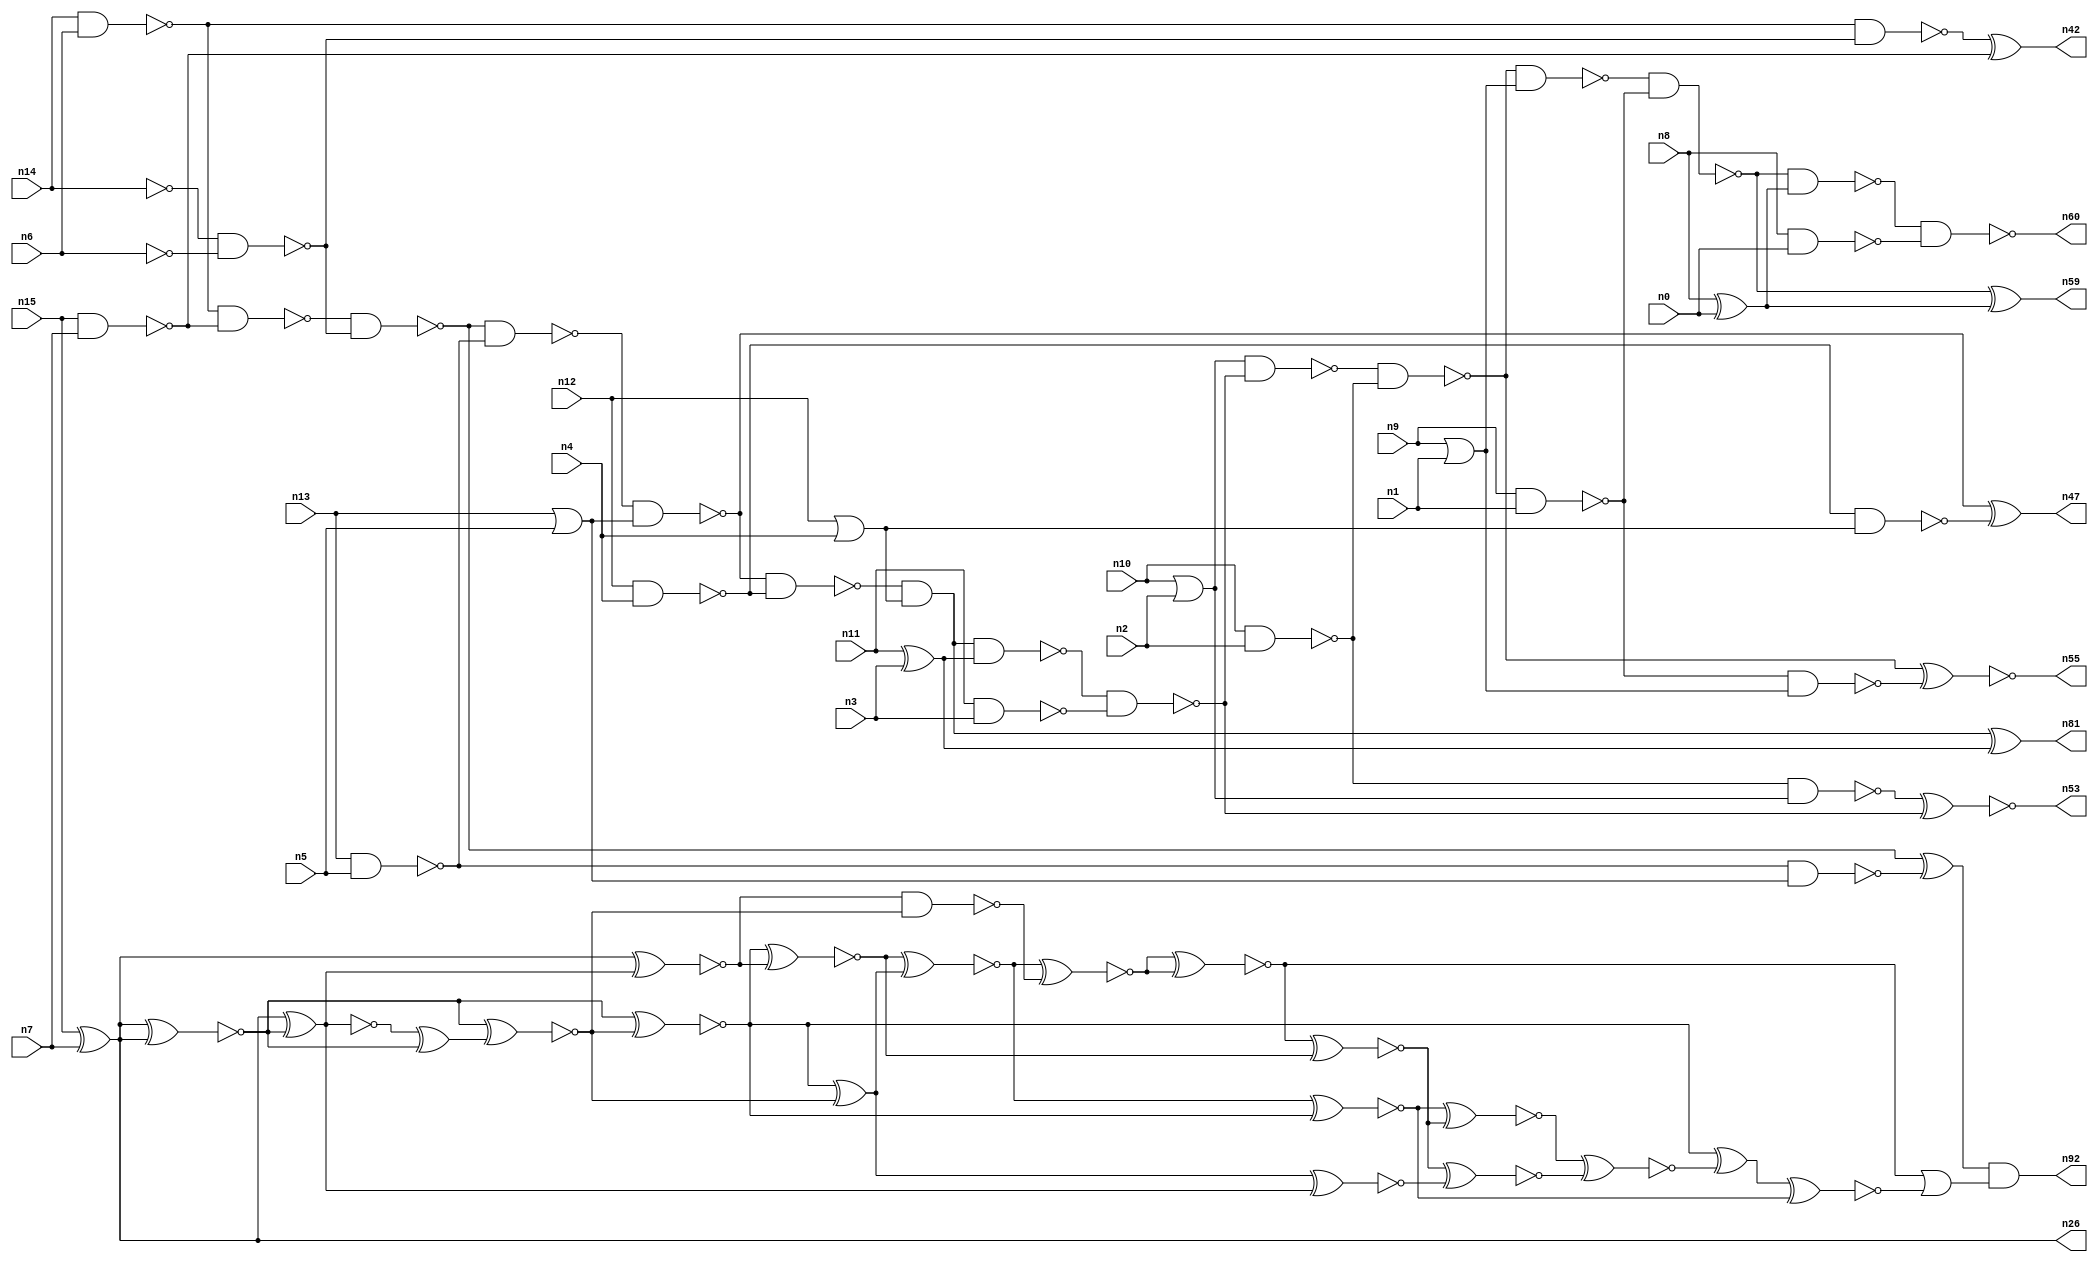
// This file contains a pareto-optimal circuit with respect to area and the fault-resilince parameter p_fault which is defined as:
// "For all input vectors, the ratio of the no. of faults observable at the POs to the no. of total possible faults in the circuit".
// This code is part of the ReCkt library (https://github.com/umar-afzaal/ReCkt) distributed under The MIT License.
// When used, please cite the following article(s):
// U. Afzaal, A.S. Hassan, M. Usman and J.A. Lee, "On the Evolutionary Synthesis of Increased Fault-resilience Arithmetic Circuits".

// p_fault = 59.0 %    (Lower is better)
// gates = 73.0
// levels = 17
// area = 100.84    (For MCNC library relative to nand2)
// power = 633.5 uW    (Berkely-SIS for MCNC library @ Vdd=5V and 20 MHz clock)
// delay = 35.2 ns    (Berkely-ABC for MCNC library)
// PDP = 2.22992e-11 J

// Pin mapping:
// {n0, n1, n2, n3, n4, n5, n6, n7} = A[7:0]
// {n8, n9, n10, n11, n12, n13, n14, n15} = B[7:0]
// {n60, n59, n55, n53, n81, n47, n92, n42, n26} = O[8:0]

module addr8u_area_58 (
n0, n1, n2, n3, n4, n5, n6, n7, n8, n9, n10, n11, n12, n13, n14, n15, 
n60, n59, n55, n53, n81, n47, n92, n42, n26
);

input n0, n1, n2, n3, n4, n5, n6, n7, n8, n9, n10, n11, n12, n13, n14, n15;
output n60, n59, n55, n53, n81, n47, n92, n42, n26;
wire n30, n69, n61, n46, n68, n18, n45, n90, n56, n37, n80, n40, n62, n25, n85, n67, n22, n38, n39, n57, 
n70, n19, n34, n76, n50, n29, n35, n24, n52, n63, n75, n49, n74, n89, n17, n65, n87, n51, n78, n36, 
n20, n23, n83, n16, n66, n48, n21, n41, n54, n27, n33, n28, n58, n86, n88, n71, n73, n31, n84, n44, 
n32, n77, n43, n64;

nand (n16, n9, n1);
not (n17, n6);
or (n18, n12, n4);
xor (n19, n8, n0);
or (n20, n10, n2);
xor (n21, n11, n3);
nor (n22, n9, n1);
nand (n23, n12, n4);
nand (n24, n14, n6);
nand (n25, n15, n7);
xor (n26, n15, n7);
not (n27, n14);
nand (n28, n11, n3);
nand (n29, n10, n2);
or (n30, n13, n5);
nand (n31, n13, n5);
nand (n32, n8, n0);
nand (n33, n23, n18);
nand (n34, n27, n17);
not (n35, n22);
nand (n36, n31, n30);
nand (n37, n24, n25);
nand (n38, n29, n20);
nand (n39, n37, n34);
nand (n40, n24, n34);
nand (n41, n16, n35);
xor (n42, n40, n25);
nand (n43, n39, n31);
xor (n44, n39, n36);
nand (n45, n43, n30);
nand (n46, n45, n23);
xor (n47, n45, n33);
and (n48, n46, n18);
xor (n49, n48, n21);
nand (n50, n48, n21);
nand (n51, n50, n28);
nand (n52, n20, n51);
xnor (n53, n38, n51);
nand (n54, n52, n29);
xnor (n55, n54, n41);
nand (n56, n54, n35);
nand (n57, n56, n16);
nand (n58, n57, n19);
xor (n59, n57, n19);
nand (n60, n58, n32);
xnor (n61, n26, n26);
xnor (n62, n26, n26);
xor (n63, n26, n61);
xnor (n64, n26, n61);
xnor (n65, n26, n63);
xor (n66, n64, n62);
xnor (n67, n61, n66);
xnor (n68, n26, n26);
xnor (n69, n66, n68);
nand (n70, n65, n67);
xnor (n71, n62, n69);
xnor (n73, n71, n65);
xor (n74, n71, n67);
xnor (n75, n73, n74);
xnor (n76, n68, n69);
xnor (n77, n74, n63);
xnor (n78, n75, n70);
xnor (n80, n75, n76);
and (n81, n49, n49);
xnor (n83, n78, n78);
xnor (n84, n83, n73);
xnor (n85, n84, n77);
xnor (n86, n80, n84);
xnor (n87, n86, n85);
xor (n88, n76, n87);
xnor (n89, n88, n80);
or (n90, n83, n89);
and (n92, n44, n90);

endmodule